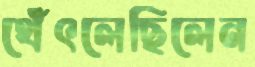
থেঁৎলেছিলেন